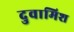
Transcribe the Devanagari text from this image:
दुवामिश